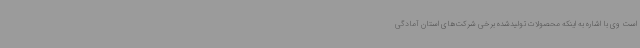
است وی با اشاره به اینکه محصولات تولیدشده برخی شرکت‌های استان آمادگی